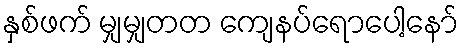
နှစ်ဖက် မျှမျှတတ ကျေနပ်ရောပေါ့နော်